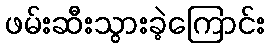
ဖမ်းဆီးသွားခဲ့ကြောင်း